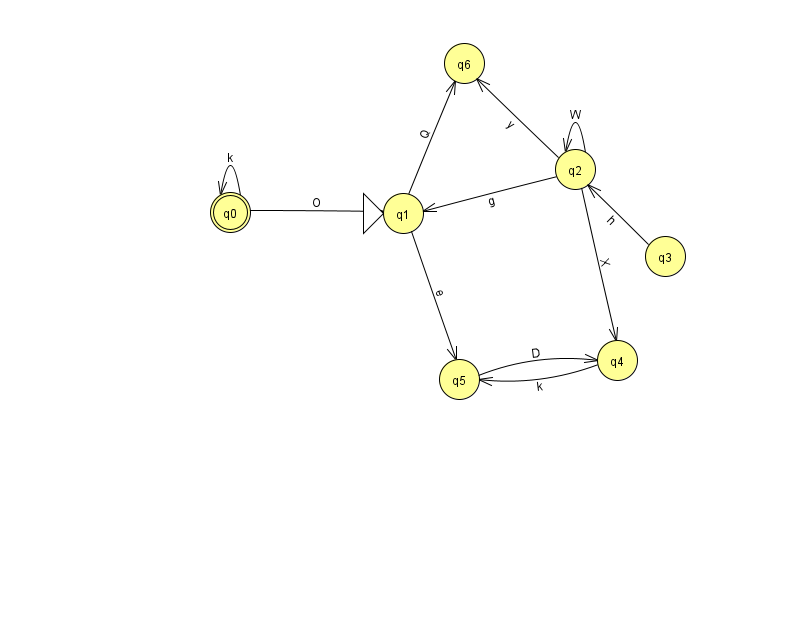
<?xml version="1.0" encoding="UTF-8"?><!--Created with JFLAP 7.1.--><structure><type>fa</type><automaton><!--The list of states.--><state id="0" name="q0"><x>230.0</x><y>199.0</y><final/></state><state id="1" name="q1"><x>403.0</x><y>200.0</y><initial/></state><state id="2" name="q2"><x>575.0</x><y>156.0</y></state><state id="3" name="q3"><x>665.0</x><y>243.0</y></state><state id="4" name="q4"><x>617.0</x><y>347.0</y></state><state id="5" name="q5"><x>459.0</x><y>366.0</y></state><state id="6" name="q6"><x>464.0</x><y>50.0</y></state><!--The list of transitions.--><transition><from>2</from><to>1</to><read>g</read></transition><transition><from>2</from><to>6</to><read>y</read></transition><transition><from>0</from><to>1</to><read>O</read></transition><transition><from>3</from><to>2</to><read>h</read></transition><transition><from>4</from><to>5</to><read>k</read></transition><transition><from>2</from><to>2</to><read>W</read></transition><transition><from>1</from><to>5</to><read>e</read></transition><transition><from>5</from><to>4</to><read>D</read></transition><transition><from>0</from><to>0</to><read>k</read></transition><transition><from>2</from><to>4</to><read>X</read></transition><transition><from>1</from><to>6</to><read>Q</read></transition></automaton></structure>